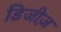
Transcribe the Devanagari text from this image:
डिजीज़